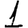
Digit: 1